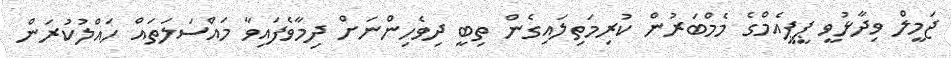
ޖަމީލް ވިދާޅުވީ ޕީޕީއެމްގެ މެމްބަރުން ކުރިމަތިލައިގެން ތިބީ ދިވެހިންނަށް ދިމާވެފައިވާ މައްސަލަތައް ހައްލުކުރަން